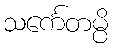
သင်္ကေတမ္ပိ